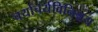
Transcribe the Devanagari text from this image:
चर्याचर्यविनिश्चय